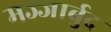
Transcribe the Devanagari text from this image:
मज्जार्बुद